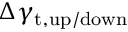
\Delta \gamma _ { \mathrm { t , u p / d o w n } }